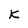
Character: K